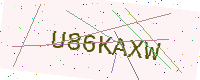
Text: U86KAXW